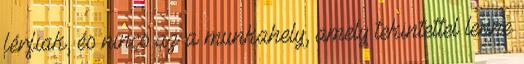
férfiak, és nincs az a munkahely, amely tekintettel lenne